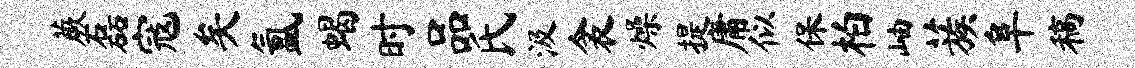
蕨磊寇矣氲蝎时品氏汲衾燥提庸似保柏岫蔟阜稿